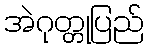
အဲဂုတ္တုပြည်